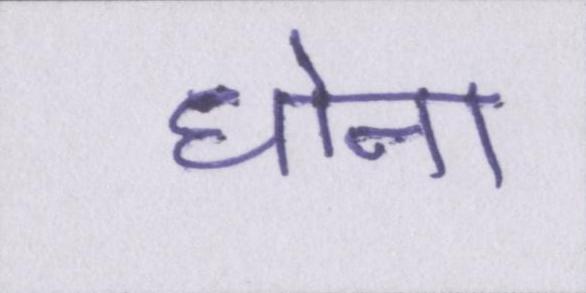
धोना